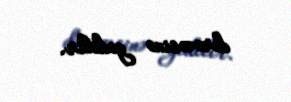
dərəcəsinə gedilir.